Indian journal of veterinary science and animal husbandry - Volume 6,
Year: 1936
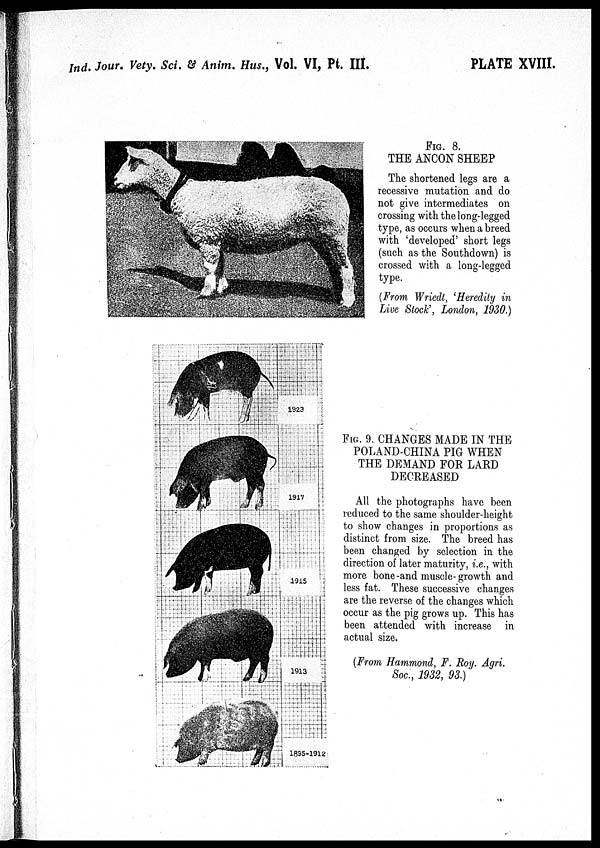
Ind. Jour. Vety. Sci. & Anim. Hus., Vol. VI, Pt. III.
PLATE XVIII.
FIG. 8.
THE ANCON SHEEP
The shortened legs are a
recessive mutation and do
not give intermediates on
crossing with the long-legged
type, as occurs when a breed
with 'developed' short legs
(such as the Southdown) is
crossed with a long-legged
type.
(From Wriedt, 'Heredity in
Live Stock', London, 1930.)
FIG. 9. CHANGES MADE IN THE
POLAND-CHINA PIG WHEN
THE DEMAND FOR LARD
DECREASED
All the photographs have been
reduced to the same shoulder-height
to show changes in proportions as
distinct from size. The breed has
been changed by selection in the
direction of later maturity, i.e., with
more bone-and muscle-growth and
less fat. These successive changes
are the reverse of the changes which
occur as the pig grows up. This has
been attended with increase in
actual size.
(From Hammond, F. Roy. Agri.
Soc., 1932, 93.)